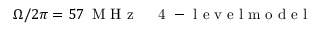
\Omega / 2 \pi = 5 7 \, \mathrm { ~ M ~ H ~ z ~ } \quad \mathrm { ~ 4 ~ - ~ l ~ e ~ v ~ e ~ l ~ m ~ o ~ d ~ e ~ l ~ }